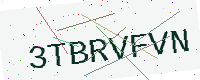
Text: 3TBRVFVN